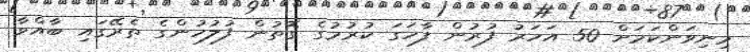
މިނިވަންކަމަށް 50 އަހަރު ފުރުން ފާހަގަ ކުރުމުގެ ގޮތުން ފުލުހުންގެ ތެރޭގައި ބާއްވާ